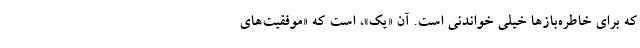
که برای خاطره‌باز‌ها خیلی خواندنی است. آن «یک»، است که «موفقیت‌های